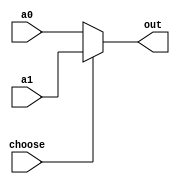
`timescale 1ns / 1ps
//////////////////////////////////////////////////////////////////////////////////
// Company: 
// Engineer: 
// 
// Design Name: 
// Module Name: MUX_5
// Project Name: 
// Target Devices: 
// Tool Versions: 
// Description: 
// 
// Dependencies: 
// 
// Revision:
// Revision 0.01 - File Created
// Additional Comments:
// 
//////////////////////////////////////////////////////////////////////////////////


module MUX_5(
    input   [4:0]a0,
    input   [4:0]a1,
    input   choose,
    output  [4:0]out
    );
    assign out = (choose == 1'b0) ? a0 : a1;
endmodule